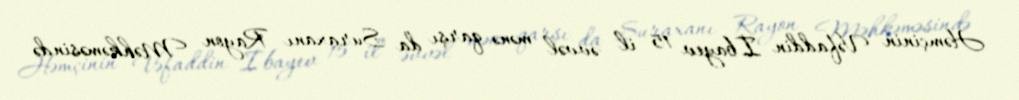
Həmçinin Vəfaddin İbayev 15 il əvvəl mənə qarşı da Suraxanı Rayon Məhkəməsində